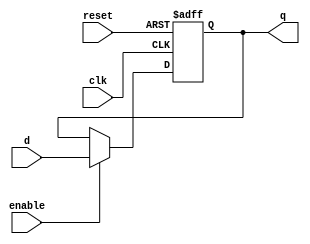
module  FlipFlopD1b(input d,enable,reset,clk,output reg q);
    // el mismo flip flop del ejercicio 1
    always @(posedge clk, posedge reset) begin  //reset asincrono
        if (reset) q = 0; // si el reset esta activado la salida se coloca en 0
        else if (enable) q = d; //si reset esta en 0 y ademas esta enable en 1, entonces deja pasar d a q
    end

endmodule


module FlipFlopT(input enable, reset, clk, output wire q );
    
    FlipFlopD1b FF(~q,enable, reset,clk,q); // ya que lo que hace FF T es complementar la salida
    //se coloca ~q en la entrada del Flip Flop D, de forma que en cada flanco de subida, la salida Q
    // se complementa, siempre y cuando el enable este en 1, 

endmodule